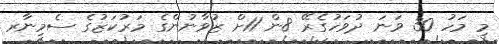
މި މަހު 30 ވަނަ ދުވަހުގެރޭ 8ން 11ށް ޒުވާނުންގެ މަރުކަޒުގެ ސެމިނާރ